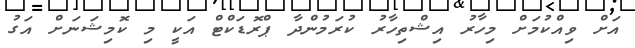
އަށް ވިއްކުމަށް މިހާރު އިޝްތިހާރު ކުރަމުންދާ ޕްރޮޑަކްޓް އަކީ މި ކޮމިޝަނަށް އަގު